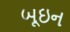
બૂઇન